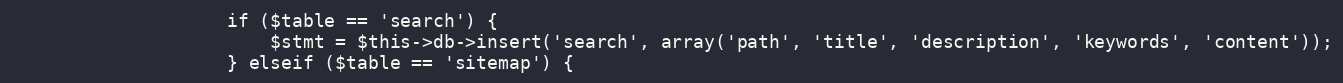
Language: PHP
                    if ($table == 'search') {
                        $stmt = $this->db->insert('search', array('path', 'title', 'description', 'keywords', 'content'));
                    } elseif ($table == 'sitemap') {